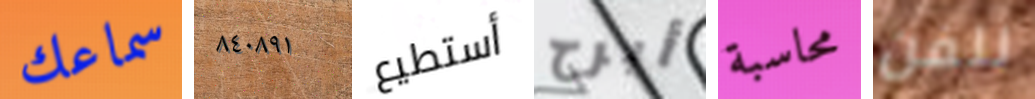
سماعك ٨٤٠٨٩١ أستطيع أبرح محاسبة للفن